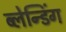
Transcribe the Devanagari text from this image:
ब्लेन्डिंग